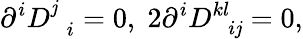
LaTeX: \partial^{i}D_{\; \; i}^{\mathit{j}}=0,\; 2\partial^{i}D_{\; \; i\mathit{j}}^{kl}=0,